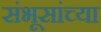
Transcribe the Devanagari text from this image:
संभूसांच्या